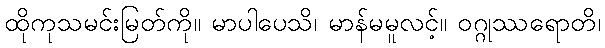
ထိုကုသမင်းမြတ်ကို။ မာပါပေသိ၊ မာန်မမူလင့်။ ဝဂ္ဂုဿရောတိ၊